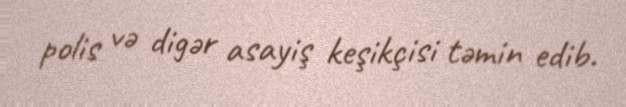
polis və digər asayiş keşikçisi təmin edib.